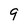
Character: 9